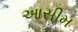
આસીમ